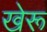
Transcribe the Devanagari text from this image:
खेरू